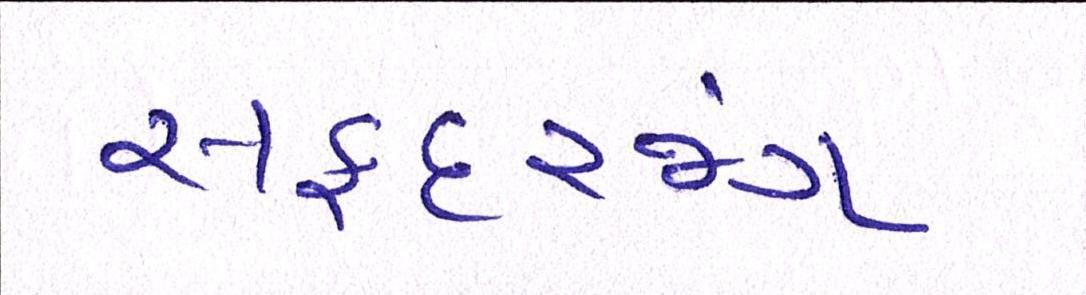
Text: સફદરજંગ